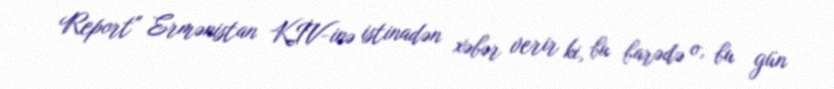
Report" Ermənistan KİV-inə istinadən xəbər verir ki, bu barədə o, bu gün